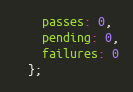
Language: JavaScript
    passes: 0,
    pending: 0,
    failures: 0
  };